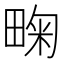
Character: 㽤